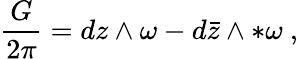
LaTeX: {\frac{G}{2\pi}}=dz\wedge\omega-d{\bar{z}}\wedge*\omega\ ,